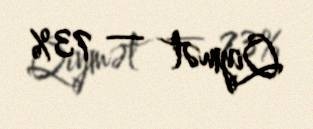
Qiymət — 73%